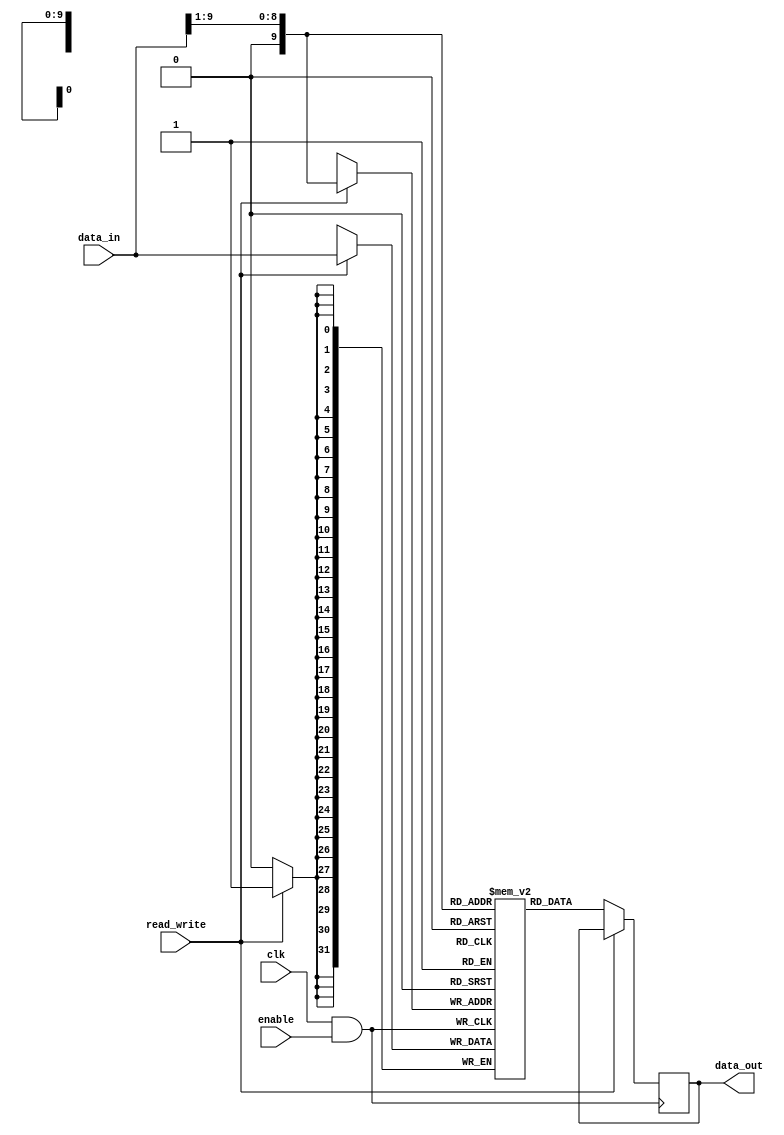
module dir_mapp(data_out, data_in, read_write, enable, clk);

  output [31:0] data_out;
  input [31:0] data_in;
  input read_write;
  input enable;
  input clk;
  
  reg [31:0] data_out;
  wire [31:0] data_in;
  wire read_write;
  wire clk;
  
	//Inside the module | internal ports
  reg d_valid[0:999];         //1-bit valid 
  reg [999:0] d_tags [0:15];  //16-bit tag 
  reg [999:0] d_offset [0:4]; //5-bit offset
  reg [999:0] d_data [0:31];  //32-bit data 
    
  wire [31:0] c_din;                  //data to cache
  wire [15:0] tag = data_in[31:16];   //address tag -- cpu address not correct psuedo numbers
  wire [4:0] offset = data_in[15:10]; //bit offset
  wire [8:0] index = data_in[9:1];    //block index -- cpu address not correct psuedo numbers
	
  reg  [31:0] data_mem [0:999];
		
  always @ (posedge clk & enable) begin
    if(read_write == 0) begin  //read bit = 0 
      data_out <= data_mem[index];
    end
  end
  always @ (negedge clk & enable) begin
    if(read_write == 1) begin  //write bit = 1
      data_mem[index] <= data_in;
    end
  end
endmodule